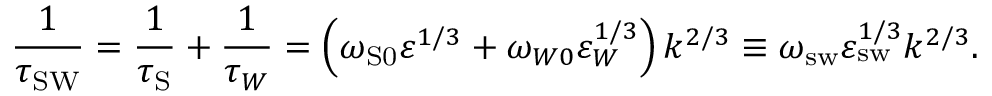
\frac { 1 } { \tau _ { \mathrm { { S W } } } } = \frac { 1 } { \tau _ { \mathrm { { S } } } } + \frac { 1 } { \tau _ { W } } = \left( { \omega _ { \mathrm { { S } 0 } } \varepsilon ^ { 1 / 3 } + \omega _ { W 0 } \varepsilon _ { W } ^ { 1 / 3 } } \right) k ^ { 2 / 3 } \equiv \omega _ { \mathrm { { s w } } } \varepsilon _ { \mathrm { { s w } } } ^ { 1 / 3 } k ^ { 2 / 3 } .